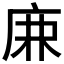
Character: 𢈘